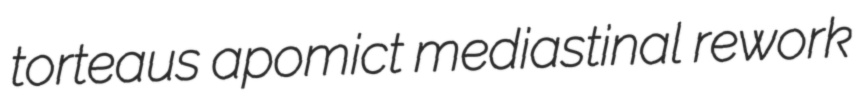
torteaus apomict mediastinal rework